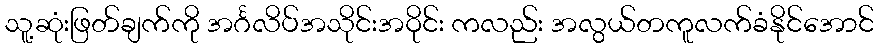
သူ့ဆုံးဖြတ်ချက်ကို အင်္ဂလိပ်အသိုင်းအဝိုင်း ကလည်း အလွယ်တကူလက်ခံနိုင်အောင်